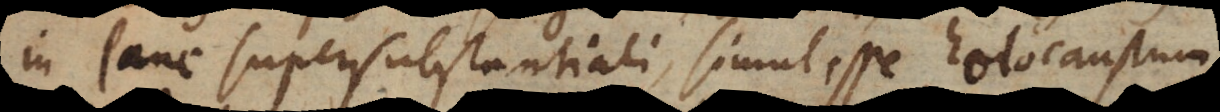
in pane supersubstantiali, simul esse holocaustum